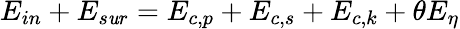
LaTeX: {{E}_{in}}+{{E}_{s\mathit{u}r}}={{E}_{c,p}}+{{E}_{c,s}}+{{E}_{c,k}}+\theta{{E}_{\eta}}